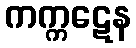
ကက္ကဋေန